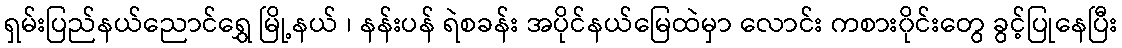
ရှမ်းပြည်နယ်ညောင်ရွှေ မြို့နယ် ၊ နန်းပန် ရဲစခန်း အပိုင်နယ်မြေထဲမှာ လောင်း ကစား၀ိုင်းတွေ ခွင့်ပြုနေပြီး